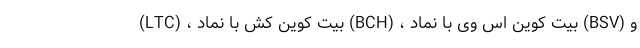
(LTC) ، بیت کوین کش با نماد (BCH) ، بیت کوین اس وی با نماد (BSV) و